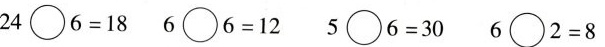
$$2 4 \circ 6 = 18$$ $$6 \circ 6 = 1 2$$